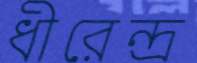
ধীরেন্দ্র